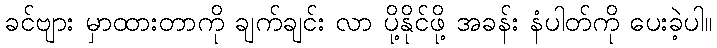
ခင်ဗျား မှာထားတာကို ချက်ချင်း လာ ပို့နိုင်ဖို့ အခန်း နံပါတ်ကို ပေးခဲ့ပါ။